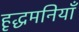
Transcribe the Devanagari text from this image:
हृद्धमनियाँ